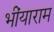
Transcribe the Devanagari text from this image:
भींयाराम